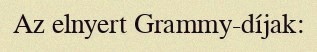
Az elnyert Grammy-díjak: